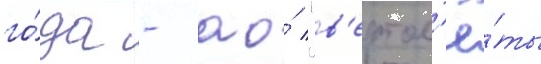
го́да - ао́ "в'ертол'ё́ты